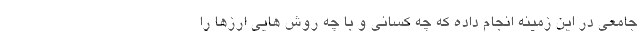
جامعی در این زمینه انجام داده که چه کسانی و با چه روش هایی ارزها را